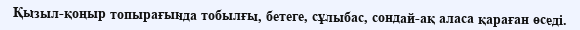
Қызыл-қоңыр топырағында тобылғы, бетеге, сұлыбас, сондай-ақ аласа қараған өседі.